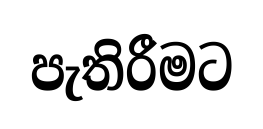
පැතිරීමට